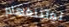
نوتينغهام